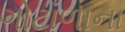
ગોટાળાના